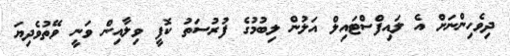
ދިވެހިންނަށް އެ ލައިފްސްޓައިލް އަލުުން ލިބުމުގެ ފުރުސަތު ކޮފީ ވިލާއިން ވަނީ ވޭތުވެދިޔަ